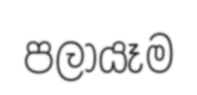
පලායෑම